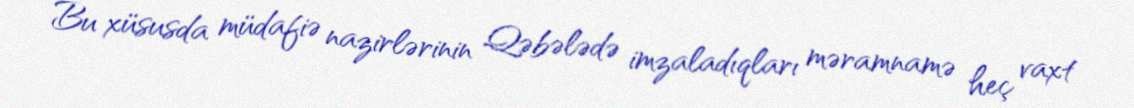
Bu xüsusda müdafiə nazirlərinin Qəbələdə imzaladıqları məramnamə heç vaxt